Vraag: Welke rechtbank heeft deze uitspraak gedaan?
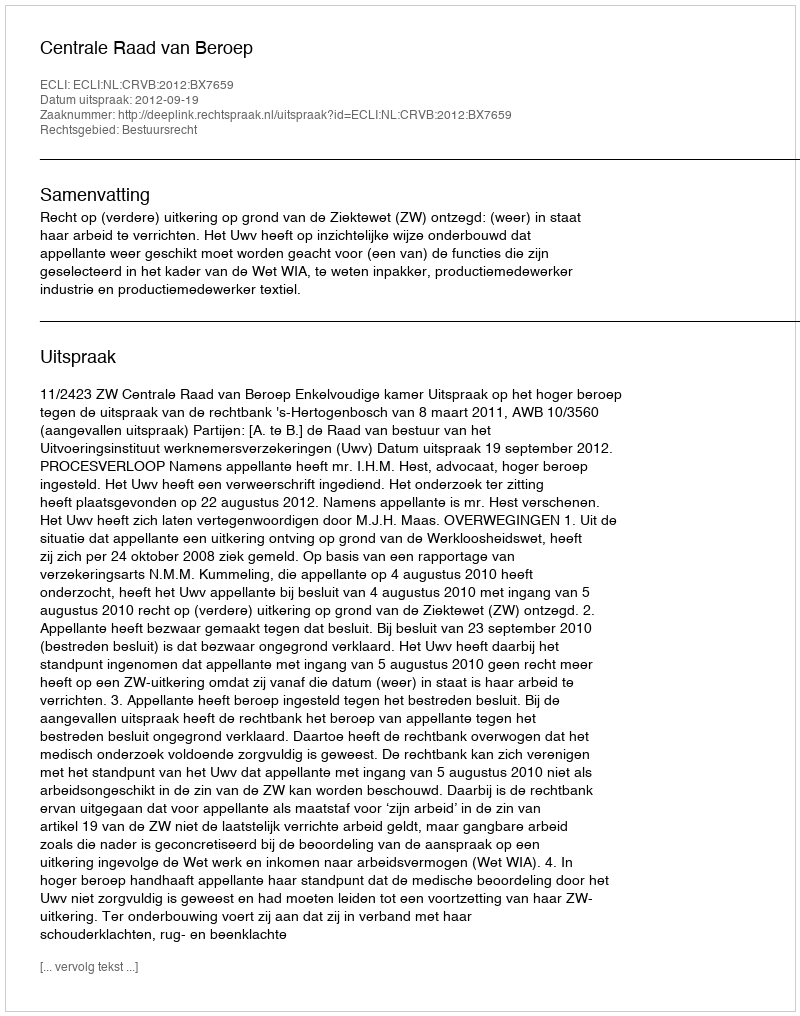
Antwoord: Centrale Raad van Beroep